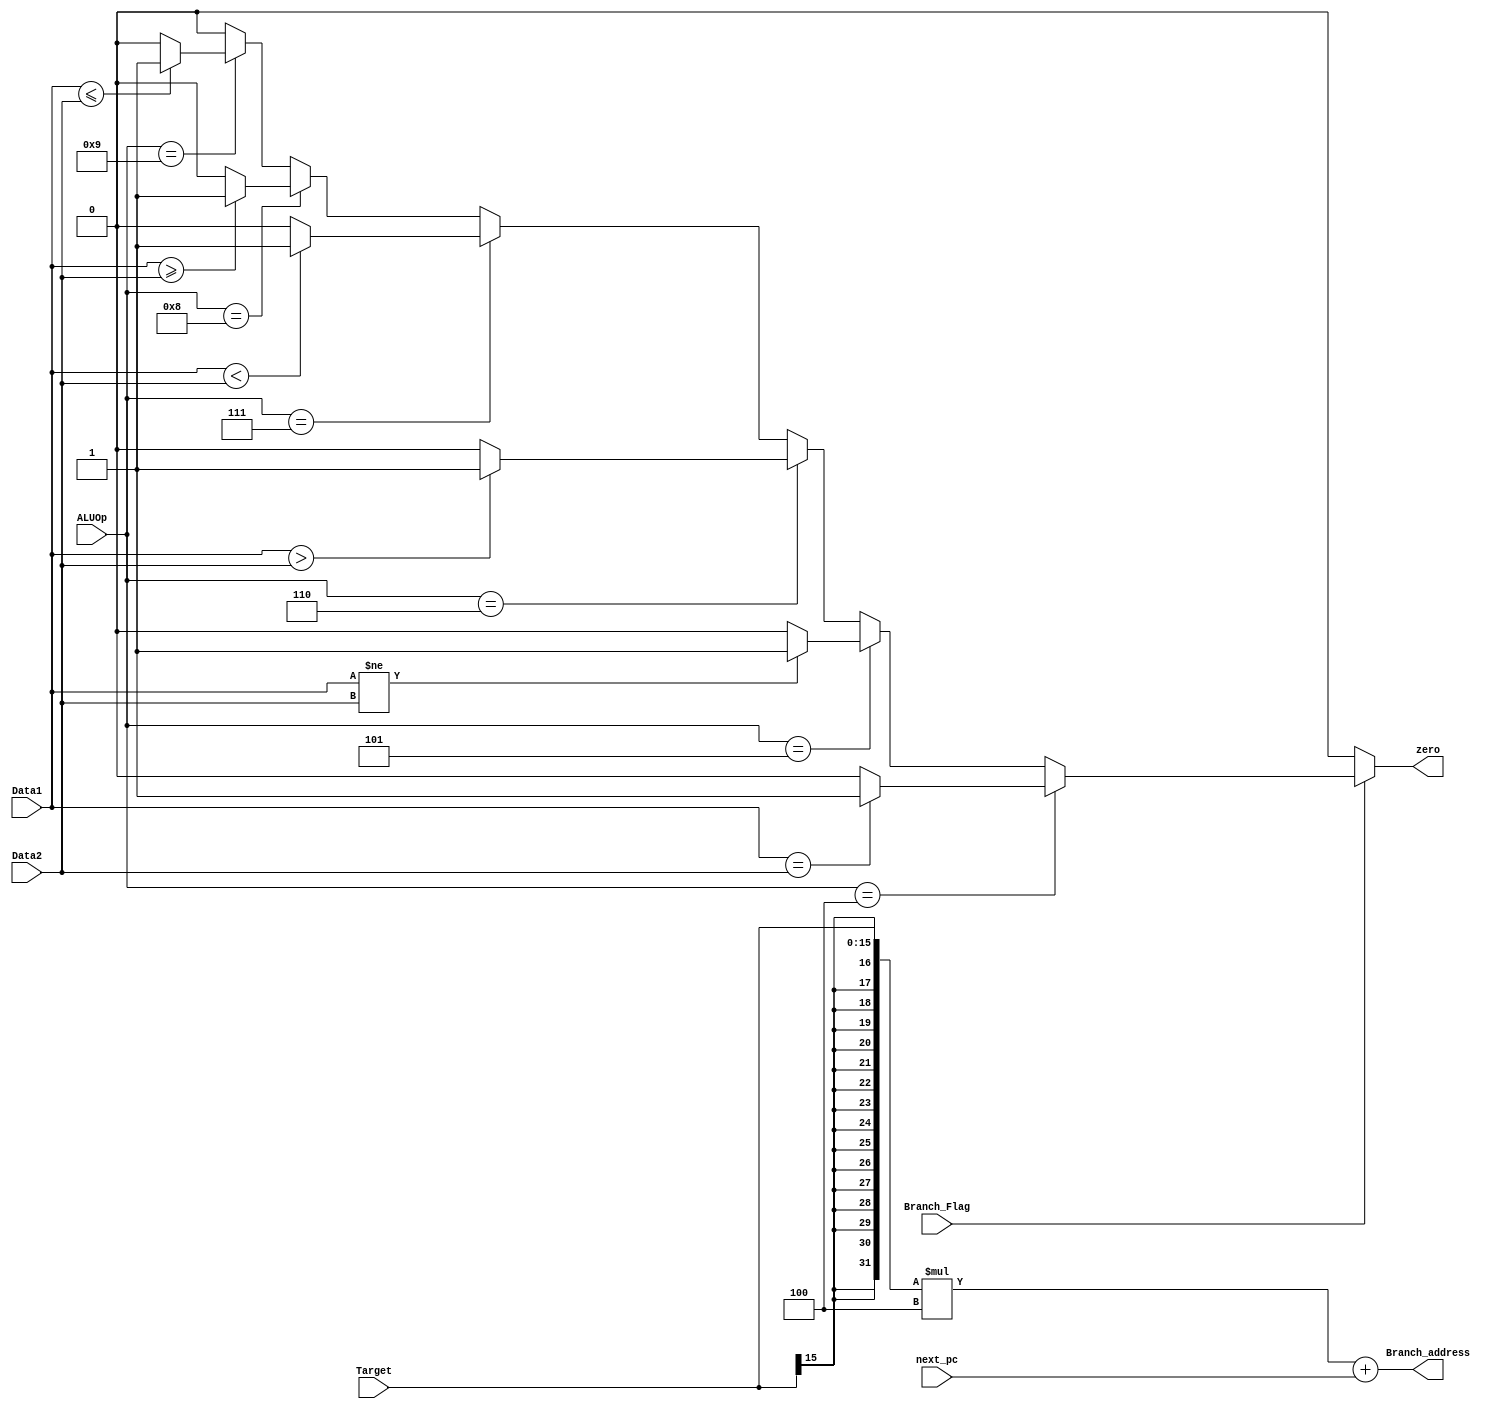
module Branch(
input Branch_Flag,
input [3:0] ALUOp,
input [31:0] Data1,
input [31:0] Data2,
input [15:0] Target,
input [31:0] next_pc,
output reg [31:0] Branch_address,
output reg zero
);
always @(*) begin

	zero = 0 ;
	Branch_address [15:0] = Target [15:0] ;
	Branch_address [31:16] = {16{Target[15]}};
	Branch_address = Branch_address * 4 ;
	Branch_address = Branch_address + next_pc;

	if(Branch_Flag) begin

		if(ALUOp == 4'b0100)begin // beq
		
				if (Data1 == Data2)begin
					zero = 1 ;
				end
				
			 end
			 
			 else if(ALUOp == 4'b0101)begin // bne
				
				if (Data1 != Data2)begin
					zero = 1 ;
				end
				
			 end
			 
			 else if(ALUOp == 4'b0110)begin // bgt
			 
				if (Data1 > Data2)begin
					zero = 1 ;
				end
				
			 end
			 
			 else if(ALUOp == 4'b0111)begin // blt
			 
				if (Data1 < Data2)begin
					zero = 1 ;
				end
			 end
			 
			 else if(ALUOp == 4'b1000)begin // bge
			 
				if (Data1 >= Data2)begin
					zero = 1 ;
				end
				end
			 
			 else if(ALUOp == 4'b1001)begin // ble
			 
				if (Data1 <= Data2)begin
					zero = 1 ;
				end
			 end
			 
		end
	
	end



endmodule